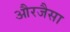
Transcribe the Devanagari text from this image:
औरजैसा